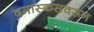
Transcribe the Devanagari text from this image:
दमास्कसवरून